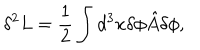
\delta ^ { 2 } L = \frac { 1 } { 2 } \int d ^ { 3 } x \delta \phi { \hat { A } } \delta \phi ,